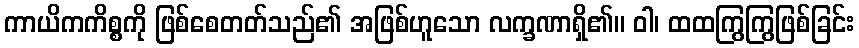
ကာယိကကိစ္စကို ဖြစ်စေတတ်သည်၏ အဖြစ်ဟူသော လက္ခဏာရှိ၏။ ဝါ၊ ထထကြွကြွဖြစ်ခြင်း